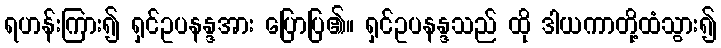
ရဟန်းကြား၍ ရှင်ဥပနန္ဒအား ပြောပြ၏။ ရှင်ဥပနန္ဒသည် ထို ဒါယကာတို့ထံသွား၍